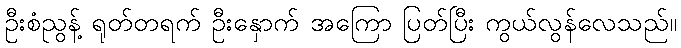
ဦးစံညွန့် ရုတ်တရက် ဦးနှောက် အကြော ပြတ်ပြီး ကွယ်လွန်လေသည်။